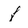
Character: f